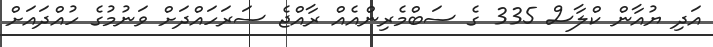
އަދި ޔުއާން ކްލާސް 335 ގެ ސަބްމެރިންއެއް ރާއްޖެ ސަރަހަައްދަށް ވަނުމުގެ ހުއްދައަށް